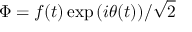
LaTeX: \Phi = f ( t ) \exp { ( i \theta ( t ) ) } / { \sqrt { 2 } }